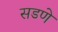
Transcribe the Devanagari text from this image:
सडणे